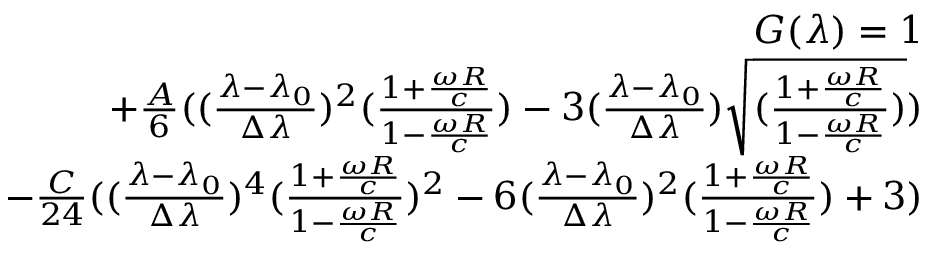
\begin{array} { r } { G ( \lambda ) = 1 } \\ { + \frac { A } { 6 } ( ( \frac { \lambda - \lambda _ { 0 } } { \Delta \lambda } ) ^ { 2 } ( \frac { 1 + \frac { \omega R } { c } } { 1 - \frac { \omega R } { c } } ) - 3 ( \frac { \lambda - \lambda _ { 0 } } { \Delta \lambda } ) \sqrt { ( \frac { 1 + \frac { \omega R } { c } } { 1 - \frac { \omega R } { c } } ) } ) } \\ { - \frac { C } { 2 4 } ( ( \frac { \lambda - \lambda _ { 0 } } { \Delta \lambda } ) ^ { 4 } ( \frac { 1 + \frac { \omega R } { c } } { 1 - \frac { \omega R } { c } } ) ^ { 2 } - 6 ( \frac { \lambda - \lambda _ { 0 } } { \Delta \lambda } ) ^ { 2 } ( \frac { 1 + \frac { \omega R } { c } } { 1 - \frac { \omega R } { c } } ) + 3 ) } \end{array}